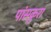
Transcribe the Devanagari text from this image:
पांसकुरा